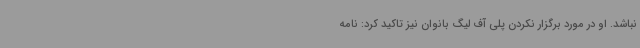
نباشد. او در مورد برگزار نکردن پلی آف لیگ بانوان نیز تاکید کرد: نامه